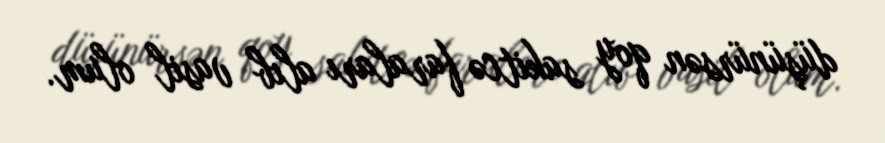
düşünürsən qoy sakitcə faraları alıb vasil olum.